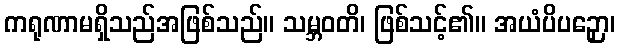
ကရုဏာမရှိသည်အဖြစ်သည်။ သမ္ဘဝတိ၊ ဖြစ်သင့်၏။ အယံပိပဉှော၊